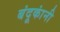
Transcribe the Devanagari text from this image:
बंदूकांनी